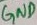
Text: GND